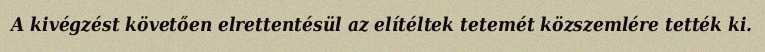
A kivégzést követően elrettentésül az elítéltek tetemét közszemlére tették ki.